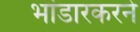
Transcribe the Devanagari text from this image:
भांडारकरने